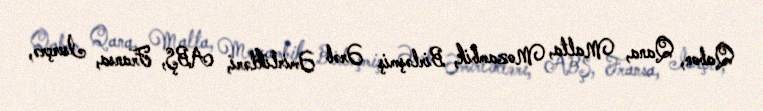
Qabon, Qana, Malta, Mozambik, Birləşmiş Ərəb Əmirlikləri, ABŞ, Fransa, İsveçrə,